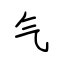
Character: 气